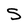
Character: S